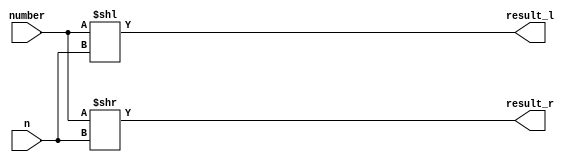
module Barrel_Shifter (
	input 	[15:0] number,
	input 	[3:0] n,
	output 	[15:0] result_l,
	output	[15:0] result_r
);

assign result_l = number << n;
assign result_r = number >> n;

endmodule